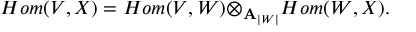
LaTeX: H o m ( V , X ) = H o m ( V , W ) { \otimes } _ { { \bf A } _ { | W | } } H o m ( W , X ) .